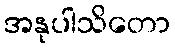
အနုပါသိတော